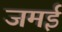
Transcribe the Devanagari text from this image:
जमई